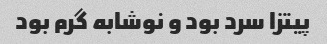
پیتزا سرد بود و نوشابه گرم بود